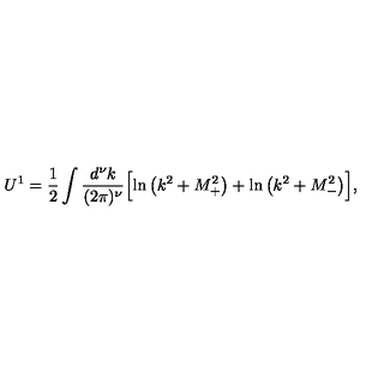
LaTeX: U ^ { 1 } = \frac { 1 } { 2 } \int \frac { d ^ { \nu } k } { ( 2 \pi ) ^ { \nu } } \Bigl [ \ln \left( k ^ { 2 } + M _ { + } ^ { 2 } \right) + \ln \left( k ^ { 2 } + M _ { - } ^ { 2 } \right) \Bigr ] ,